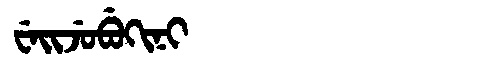
Manchu: ᠸᡝᡳᠵᡠᠪᡠᡴᡳᠨᡳ
Romanization: WEIJUBUKINI